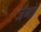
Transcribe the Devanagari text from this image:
जँगो